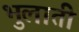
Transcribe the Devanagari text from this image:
भुलाती